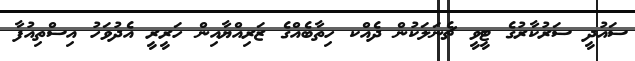
ސައުދީ ސަރުކާރުގެ ޓީވީ ޗެނަލަކުން ދެއްކ ހިތާބެއްގެ ޒަރިއްޔާއިން ހަރީރީ އެދުވަހު އިސްތިއުފާ